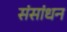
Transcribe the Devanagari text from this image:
संसांधन